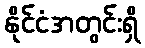
နိုင်ငံအတွင်းရှိ